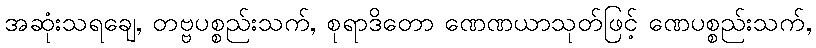
အဆုံးသရချေ, တဗ္ဗပစ္စည်းသက်, စုရာဒိတော ဏေဏယာသုတ်ဖြင့် ဏေပစ္စည်းသက်,